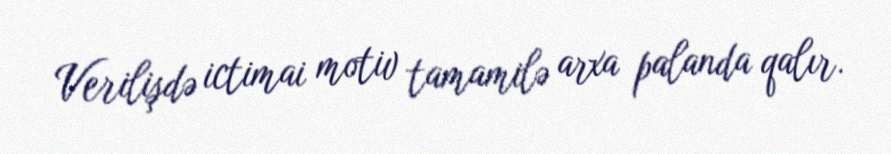
Verilişdə ictimai motiv tamamilə arxa palanda qalır.